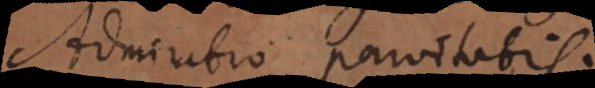
Admiratio parvitatis,